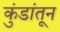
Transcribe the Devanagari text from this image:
कुंडांतून